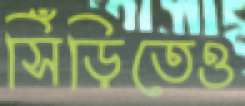
সিঁড়িতেও